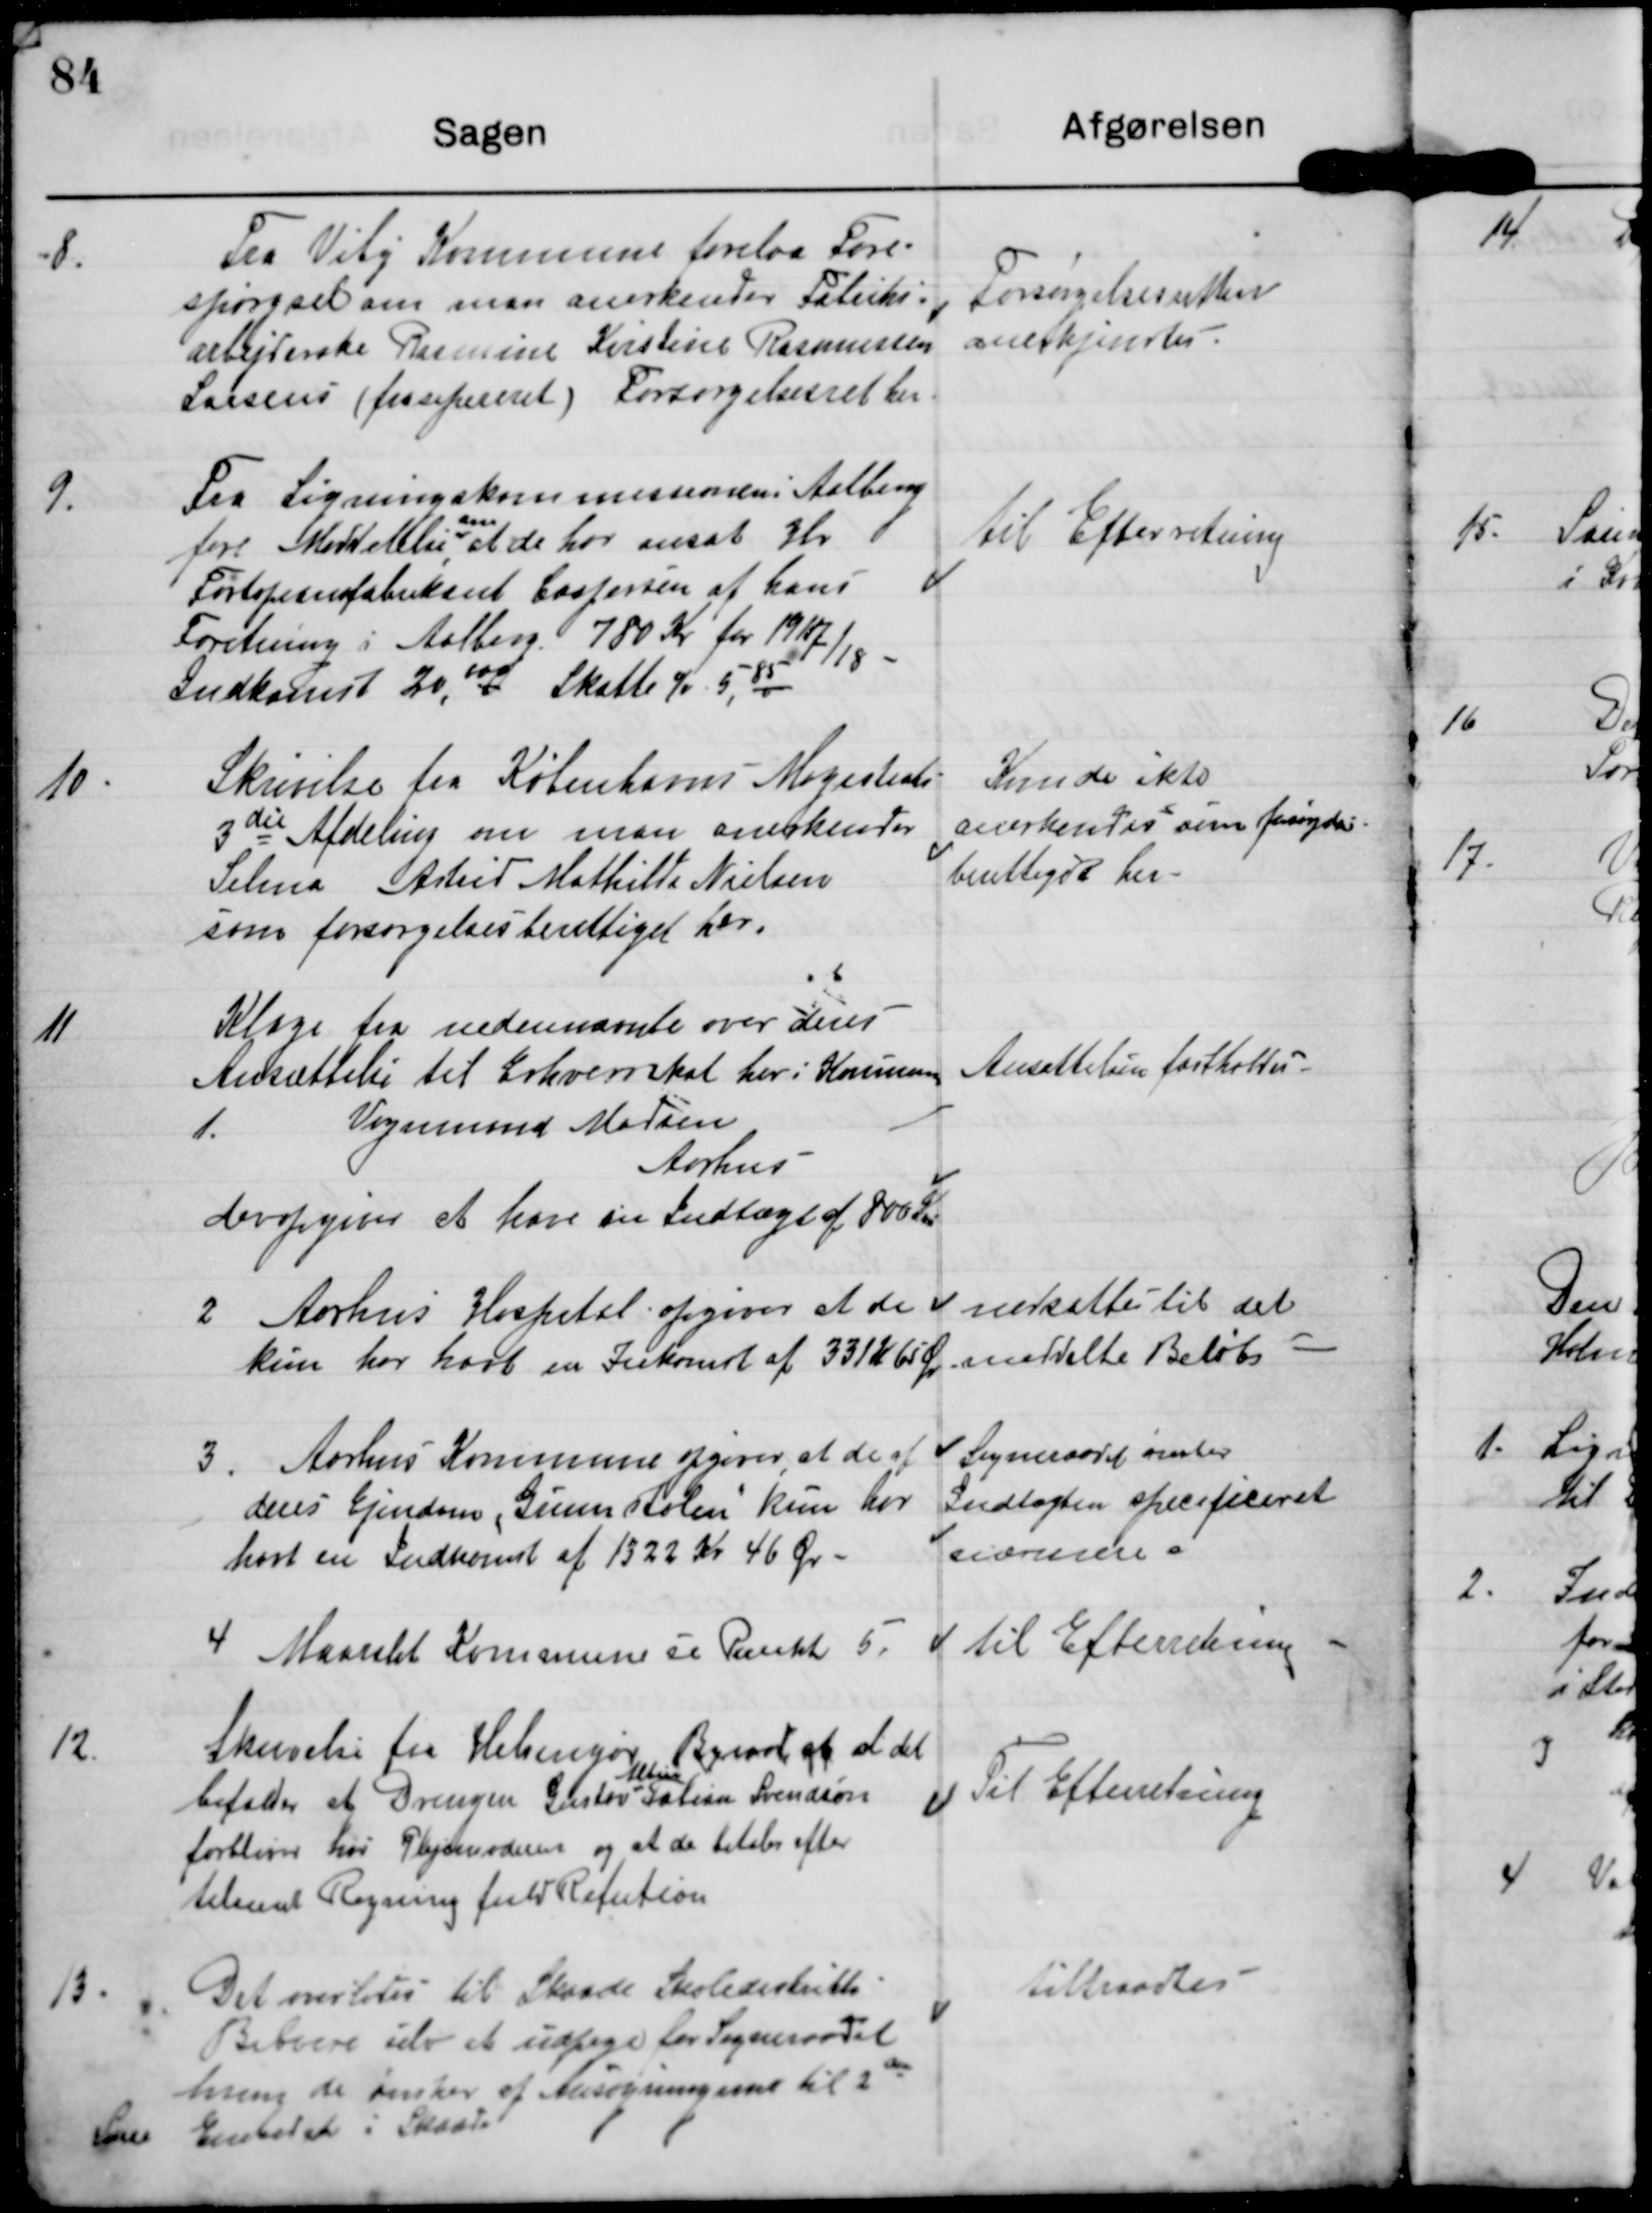
Transskription:
8.
Fra Viby Kommune forelaa Fore-
spørgsel om man anerkender Fabriks-
arbejderske Rasmine Kirstine Rasmussen
Larsens (frasepereret) Forsørgelsesret her.

Forsørgelsesretten
anerkjendtes

9.
Fra Ligningskommissionen i Aalborg
om
fore Meddelelse, at de har ansat Hr
Fortepianofabrikant Caspersen af hans
Foretning i Aalborg 780 Kr for 1917/18
Indkomst 20,000 Skatte % 5,85

til Efterretning

10.
Skrivelse fra Københavns Magistrats
3die Afdeling om man anerkender
Selma Astrid Mathilde Nielsen
som forsørgelsesberettiget her.

Kunde ikke
anerkendes som forsørgelses-
berettiget her

11
Klage fra nedennævnte over deres
Ansættelse til Erhvervsskat her i Kommunen

Ansættelsen fastholdes

1.
Vognmand Madsen
Aarhus
der opgiver at have en Indtægt af 800 Kr.

2. Aarhus Hospital opgiver at de
kun har havt en Indkomst af 331 Kr 65 Øre

nedsættes til det
anmeldte Beløb

3. Aarhus Kommune opgiver at de af
deres Ejendom, Grumstolen kun har
havt en Indkomst af 1322 Kr 46 Øre

Sogneraadet ønsker
Indtægten specificeret
nærmere.

til Efterretning

4 Maarslet Kommune se Punkt 5

12
Skrivelse fra Helsingør Byraad at at det
Albin
bifaler at Drengen Gustav Fabian Svendson
forbliver hos Plejemoderen og at de betaler efter
tilsendt Regning fuld Refution.

Til Efterretning

tiltraadtes

13. Det overlades til Skaade Skoledistrikts
Beboere selv at udpege for Sogneraadet
hvem de ønsker at Ansøgningerne til 2den
Lærer  Embedet i Skaade.